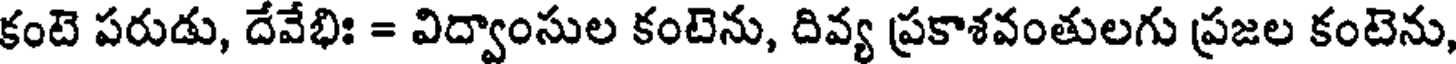
కంటె పరుడు, దేవేభిః = విద్వాంసుల కంటెను, దివ్య ప్రకాశవంతులగు ప్రజల కంటెను,